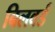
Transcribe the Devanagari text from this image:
बिलवर्ड